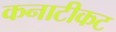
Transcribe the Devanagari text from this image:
कनाटीकट